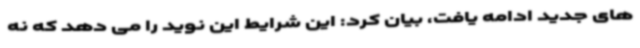
های جدید ادامه یافت، بیان کرد: این شرایط این نوید را می دهد که نه